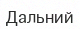
Дальний